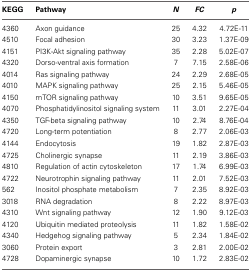
<table><thead><tr><td><b>KEGG</b></td><td><b>Pathway</b></td><td><b><i>N</i></b></td><td><b><i>FC</i></b></td><td><b><i>p</i></b></td></tr></thead><tbody><tr><td>4360</td><td>Axon guidance</td><td>25</td><td>4.32</td><td>4.72E-11</td></tr><tr><td>4510</td><td>Focal adhesion</td><td>30</td><td>3.23</td><td>1.37E-09</td></tr><tr><td>4151</td><td>PI3K-Akt signaling pathway</td><td>35</td><td>2.28</td><td>5.02E-07</td></tr><tr><td>4320</td><td>Dorso-ventral axis formation</td><td>7</td><td>7.15</td><td>2.58E-06</td></tr><tr><td>4014</td><td>Ras signaling pathway</td><td>24</td><td>2.29</td><td>2.68E-05</td></tr><tr><td>4010</td><td>MAPK signaling pathway</td><td>25</td><td>2.15</td><td>5.46E-05</td></tr><tr><td>4150</td><td>mTOR signaling pathway</td><td>10</td><td>3.51</td><td>9.65E-05</td></tr><tr><td>4070</td><td>Phosphatidylinositol signaling system</td><td>11</td><td>3.01</td><td>2.27E-04</td></tr><tr><td>4350</td><td>TGF-beta signaling pathway</td><td>10</td><td>2.74</td><td>8.76E-04</td></tr><tr><td>4720</td><td>Long-term potentiation</td><td>8</td><td>2.77</td><td>2.06E-03</td></tr><tr><td>4144</td><td>Endocytosis</td><td>19</td><td>1.82</td><td>2.87E-03</td></tr><tr><td>4725</td><td>Cholinergic synapse</td><td>11</td><td>2.19</td><td>3.86E-03</td></tr><tr><td>4810</td><td>Regulation of actin cytoskeleton</td><td>17</td><td>1.74</td><td>6.99E-03</td></tr><tr><td>4722</td><td>Neurotrophin signaling pathway</td><td>11</td><td>2.01</td><td>7.52E-03</td></tr><tr><td>562</td><td>Inositol phosphate metabolism</td><td>7</td><td>2.35</td><td>8.92E-03</td></tr><tr><td>3018</td><td>RNA degradation</td><td>8</td><td>2.22</td><td>8.97E-03</td></tr><tr><td>4310</td><td>Wnt signaling pathway</td><td>12</td><td>1.90</td><td>9.12E-03</td></tr><tr><td>4120</td><td>Ubiquitin mediated proteolysis</td><td>11</td><td>1.82</td><td>1.58E-02</td></tr><tr><td>4340</td><td>Hedgehog signaling pathway</td><td>5</td><td>2.34</td><td>1.84E-02</td></tr><tr><td>3060</td><td>Protein export</td><td>3</td><td>2.81</td><td>2.00E-02</td></tr><tr><td>4728</td><td>Dopaminergic synapse</td><td>10</td><td>1.72</td><td>2.83E-02</td></tr></tbody></table>